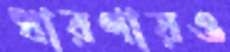
ধারণায়ও